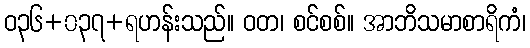
ဝ၃၆+၀၃၇+ရဟန်းသည်။ ဝတ၊ စင်စစ်။ အာဘိသမာစာရိကံ၊